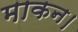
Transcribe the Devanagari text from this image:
माकन।